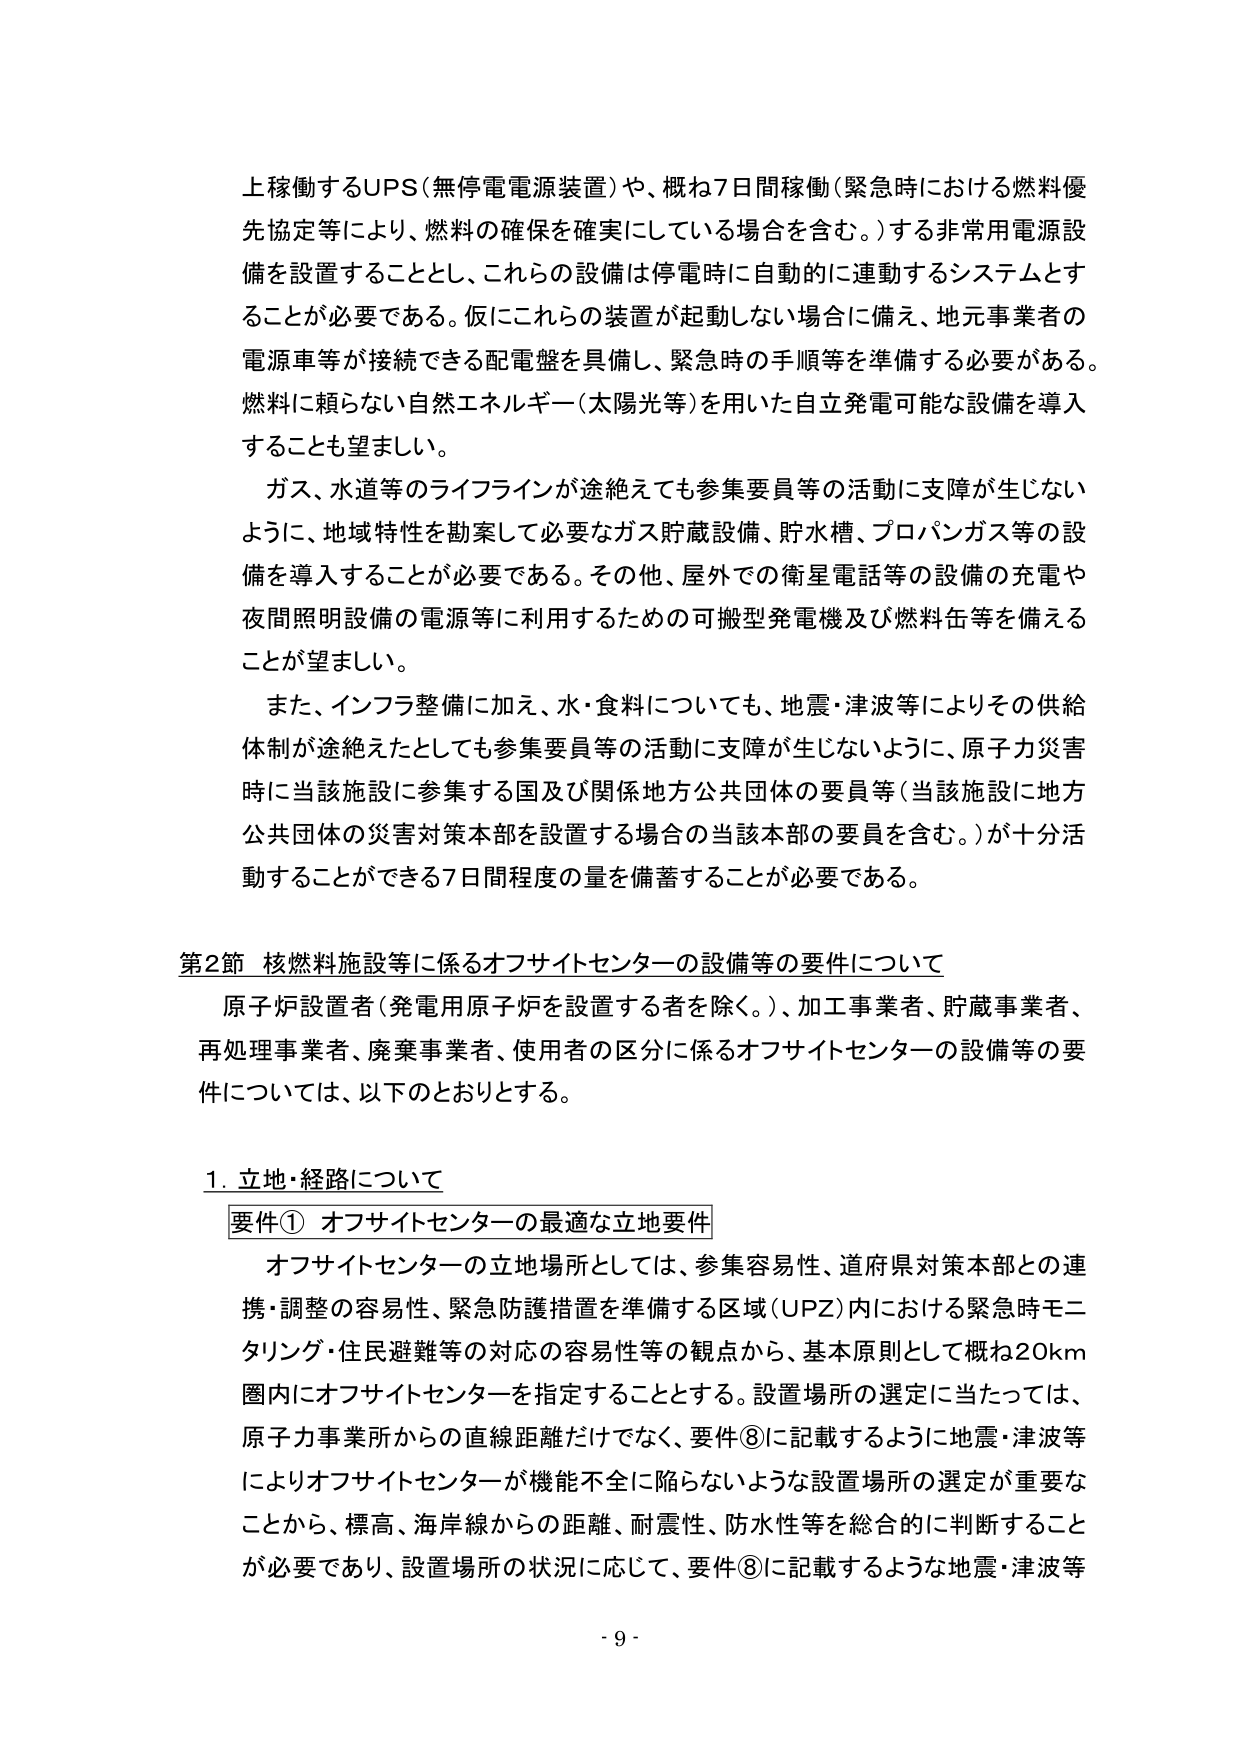
上稼働するUPS（無停電電源装置）や、概ね7日間稼働（緊急時における燃料優先協定等により、燃料の確保を確実にしている場合を含む。）する非常用電源設備を設置することとし、これらの設備は停電時に自動的に連動するシステムとすることが必要である。仮にこれらの装置が起動しない場合に備え、地元事業者の電源車等が接続できる配電盤を具備し、緊急時の手順等を準備する必要がある。燃料に頼らない自然エネルギー（太陽光等）を用いた自立発電可能な設備を導入することも望ましい。

ガス、水道等のライフラインが途絶えても参集要員等の活動に支障が生じないように、地域特性を勘案して必要なガス貯蔵設備、貯水槽、プロパンガス等の設備を導入することが必要である。その他、屋外での衛星電話等の設備の充電や夜間照明設備の電源等に利用するための可搬型発電機及び燃料缶等を備えることが望ましい。

また、インフラ整備に加え、水・食料についても、地震・津波等によりその供給体制が途絶えたとしても参集要員等の活動に支障が生じないように、原子力災害時に当該施設に参集する国及び関係地方公共団体の要員等（当該施設に地方公共団体の災害対策本部を設置する場合の当該本部の要員を含む。）が十分活動することができる7日間程度の量を備蓄することが必要である。

第2節 核燃料施設等に係るオフサイトセンターの設備等の要件について

原子炉設置者（発電用原子炉を設置する者を除く。）、加工事業者、貯蔵事業者、再処理事業者、廃棄事業者、使用者の区分に係るオフサイトセンターの設備等の要件については、以下のとおりとする。

1. 立地・経路について

要件① オフサイトセンターの最適な立地要件

オフサイトセンターの立地場所としては、参集容易性、道府県対策本部との連携・調整の容易性、緊急防護措置を準備する区域（UPZ）内における緊急時モニタリング・住民避難等の対応の容易性等の観点から、基本原則として概ね20km圏内にオフサイトセンターを指定することとする。設置場所の選定に当たっては、原子力事業所からの直線距離だけでなく、要件⑧に記載するように地震・津波等によりオフサイトセンターが機能不全に陥らないような設置場所の選定が重要なことから、標高、海岸線からの距離、耐震性、防水性等を総合的に判断することが必要であり、設置場所の状況に応じて、要件⑧に記載するような地震・津波等

- 9 -